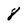
Character: 8